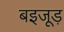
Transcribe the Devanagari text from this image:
बइजूड़